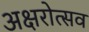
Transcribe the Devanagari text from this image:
अक्षरोत्सव